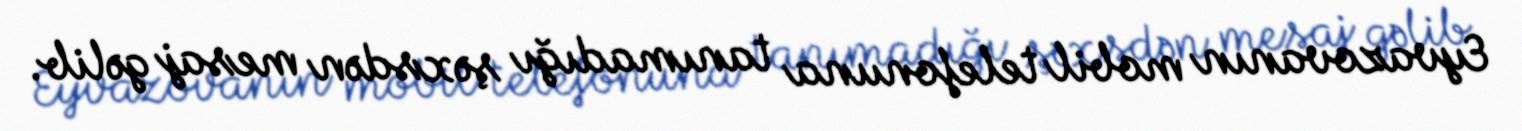
Eyvazovanın mobil telefonuna tanımadığı şəxsdən mesaj gəlib.